画像に写った文字を読んでください
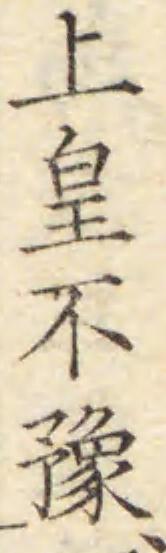
「上皇不豫、」と書いてあります